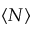
\langle N \rangle